Indian journal of veterinary science and animal husbandry - Volume 13,
Year: 1943
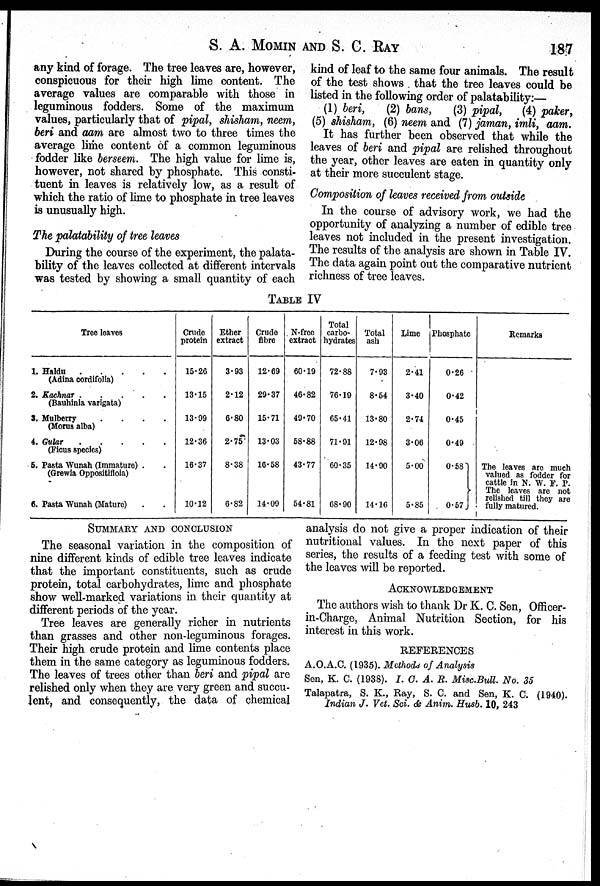
S. A. MOMIN AND S. C. RAY 187
any kind of forage. The tree leaves are, however,
conspicuous for their high lime content. The
average values are comparable with those in
leguminous fodders. Some of the maximum
values, particularly that of pipal, shisham, neem,
beri and aam are almost two to three times the
average lime content of a common leguminous
fodder like berseem. The high value for lime is,
however, not shared by phosphate. This consti-
tuent in leaves is relatively low, as a result of
which the ratio of lime to phosphate in tree leaves
is unusually high.
The palatability of tree leaves
During the course of the experiment, the palata-
bility of the leaves collected at different intervals
was tested by showing a small quantity of each
kind of leaf to the same four animals. The result
of the test shows that the tree leaves could be
listed in the following order of palatability:—
(1) beri, (2) bans, (3) pipal,
(4) paker,
(5) shisham, (6) neem and (7) jaman, imli, aam.
It has further been observed that while the
leaves of beri and pipal are relished throughout
the year, other leaves are eaten in quantity only
at their more succulent stage.
Composition of leaves received from outside
In the course of advisory work, we had the
opportunity of analyzing a number of edible tree
leaves not included in the present investigation.
The results of the analysis are shown in Table IV.
The data again point out the comparative nutrient
richness of tree leaves.
TABLE IV
Tree leaves
1. Haldu . . . . .
(Adina cordifolia)
2. Kachnar . . . . .
(Bauhinia varigata)
3. Mulberry
.
.
.
.
(Morus alba)
4. Gular . . . . .
(Ficus species)
5. Pasta Wunah (Immature) . .
(Grewia Oppositifloia)
6. Pasta Wunah (Mature) . .
Crude
protein
15.26
13.15
13.99
12.36
16.37
10.12
Ether
extract
3.93
2.12
6.80
2.75
8.38
6.82
Crude
fibre
12.69
29.37
15.71
13.03
16.58
14.09
N-free
extract
60.19
46.82
49.70
58.88
43.77
54.81
Total
carbo-
hydrates
72.88
76.19
65.41
71.91
60.35
68.90
Total
ash
7.93
8.54
13.80
12.98
14.90
14.16
Lime
2.41
3.40
2.74
3.06
5.00
5.85
Phosphate
0.26
0.42
0.45
0.49
0.58
0.57
Remarks
The leaves are much
valued as fodder for
cattle in N. W. F. P.
The leaves are not
relished till they are
fully matured.
SUMMARY AND CONCLUSION
The seasonal variation in the composition of
nine different kinds of edible tree leaves indicate
that the important constituents, such as crude
protein, total carbohydrates, lime and phosphate
show well-marked variations in their quantity at
different periods of the year.
Tree leaves are generally richer in nutrients
than grasses and other non-leguminous forages.
Their high crude protein and lime contents place
them in the same category as leguminous fodders.
The leaves of trees other than beri and pipal are
relished only when they are very green and succu-
lent, and consequently, the data of chemical
analysis do not give a proper indication of their
nutritional values. In the next paper of this
series, the results of a feeding test with some of
the leaves will be reported.
ACKNOWLEDGEMENT
The authors wish to thank Dr K. C. Sen, Officer-
in-Charge, Animal Nutrition Section, for his
interest in this work.
REFERENCES
A.O.A.C. (1935). Methods of Analysis
Sen, K. C. (1938). I. C. A. R. Misc.Bull. No. 35
Talapatra, S. K., Ray, S. C. and Sen, K. C. (1940).
Indian J. Vet. Sci. & Anim. Husb. 10, 243